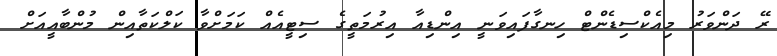
ރޭ ދަންވަރު މިއެކްސިޑެންޓް ހިނގާފައިވަނީ އިންޑިއާ އިރުމަތީގެ ސިޓީއެއް ކަމަށްވާ ކަލްކަތާއިން މުންބާއީއަށް